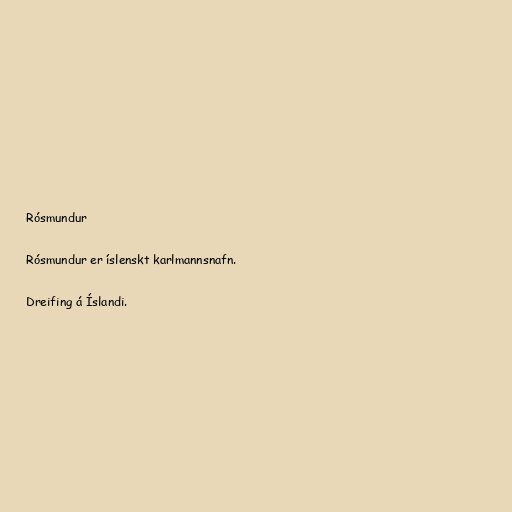
Rósmundur

Rósmundur er íslenskt karlmannsnafn.

Dreifing á Íslandi.